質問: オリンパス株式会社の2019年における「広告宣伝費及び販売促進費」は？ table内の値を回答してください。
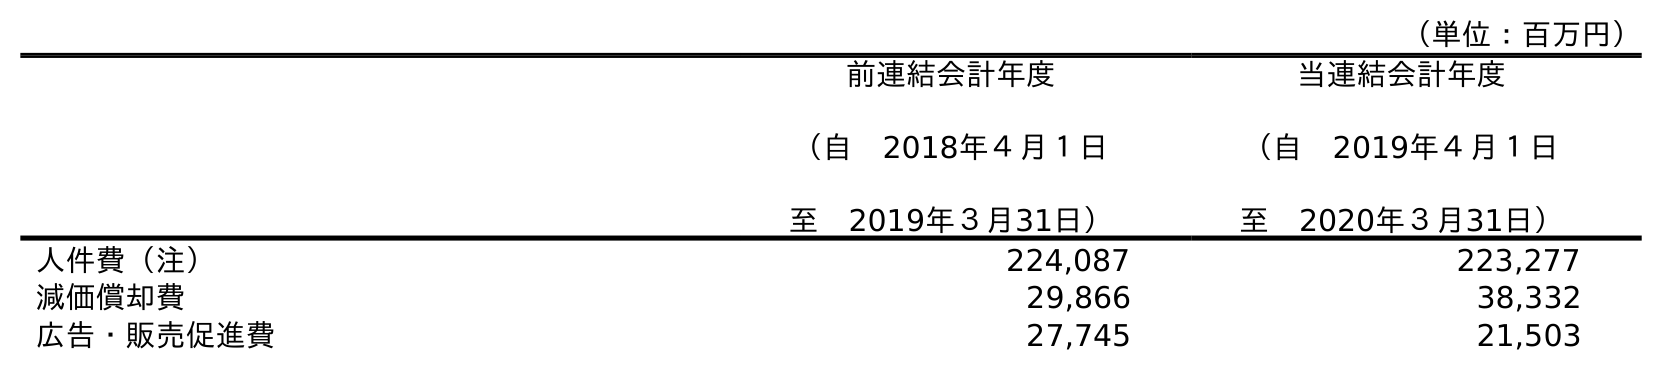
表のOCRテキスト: （単位：百万円） 前連結会計年度 （自 2018年４月１日 至 2019年３月31日） 当連結会計年度 （自 2019年４月１日 至 2020年３月31日） 人件費（注） 224,087 223,277 減価償却費 29,866 38,332 広告・販売促進費 27,745 21,503
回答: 27,745